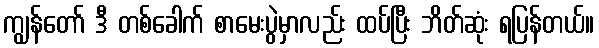
ကျွန်တော် ဒီ တစ်ခေါက် စာမေးပွဲမှာလည်း ထပ်ပြီး ဘိတ်ဆုံး ရပြန်တယ်။